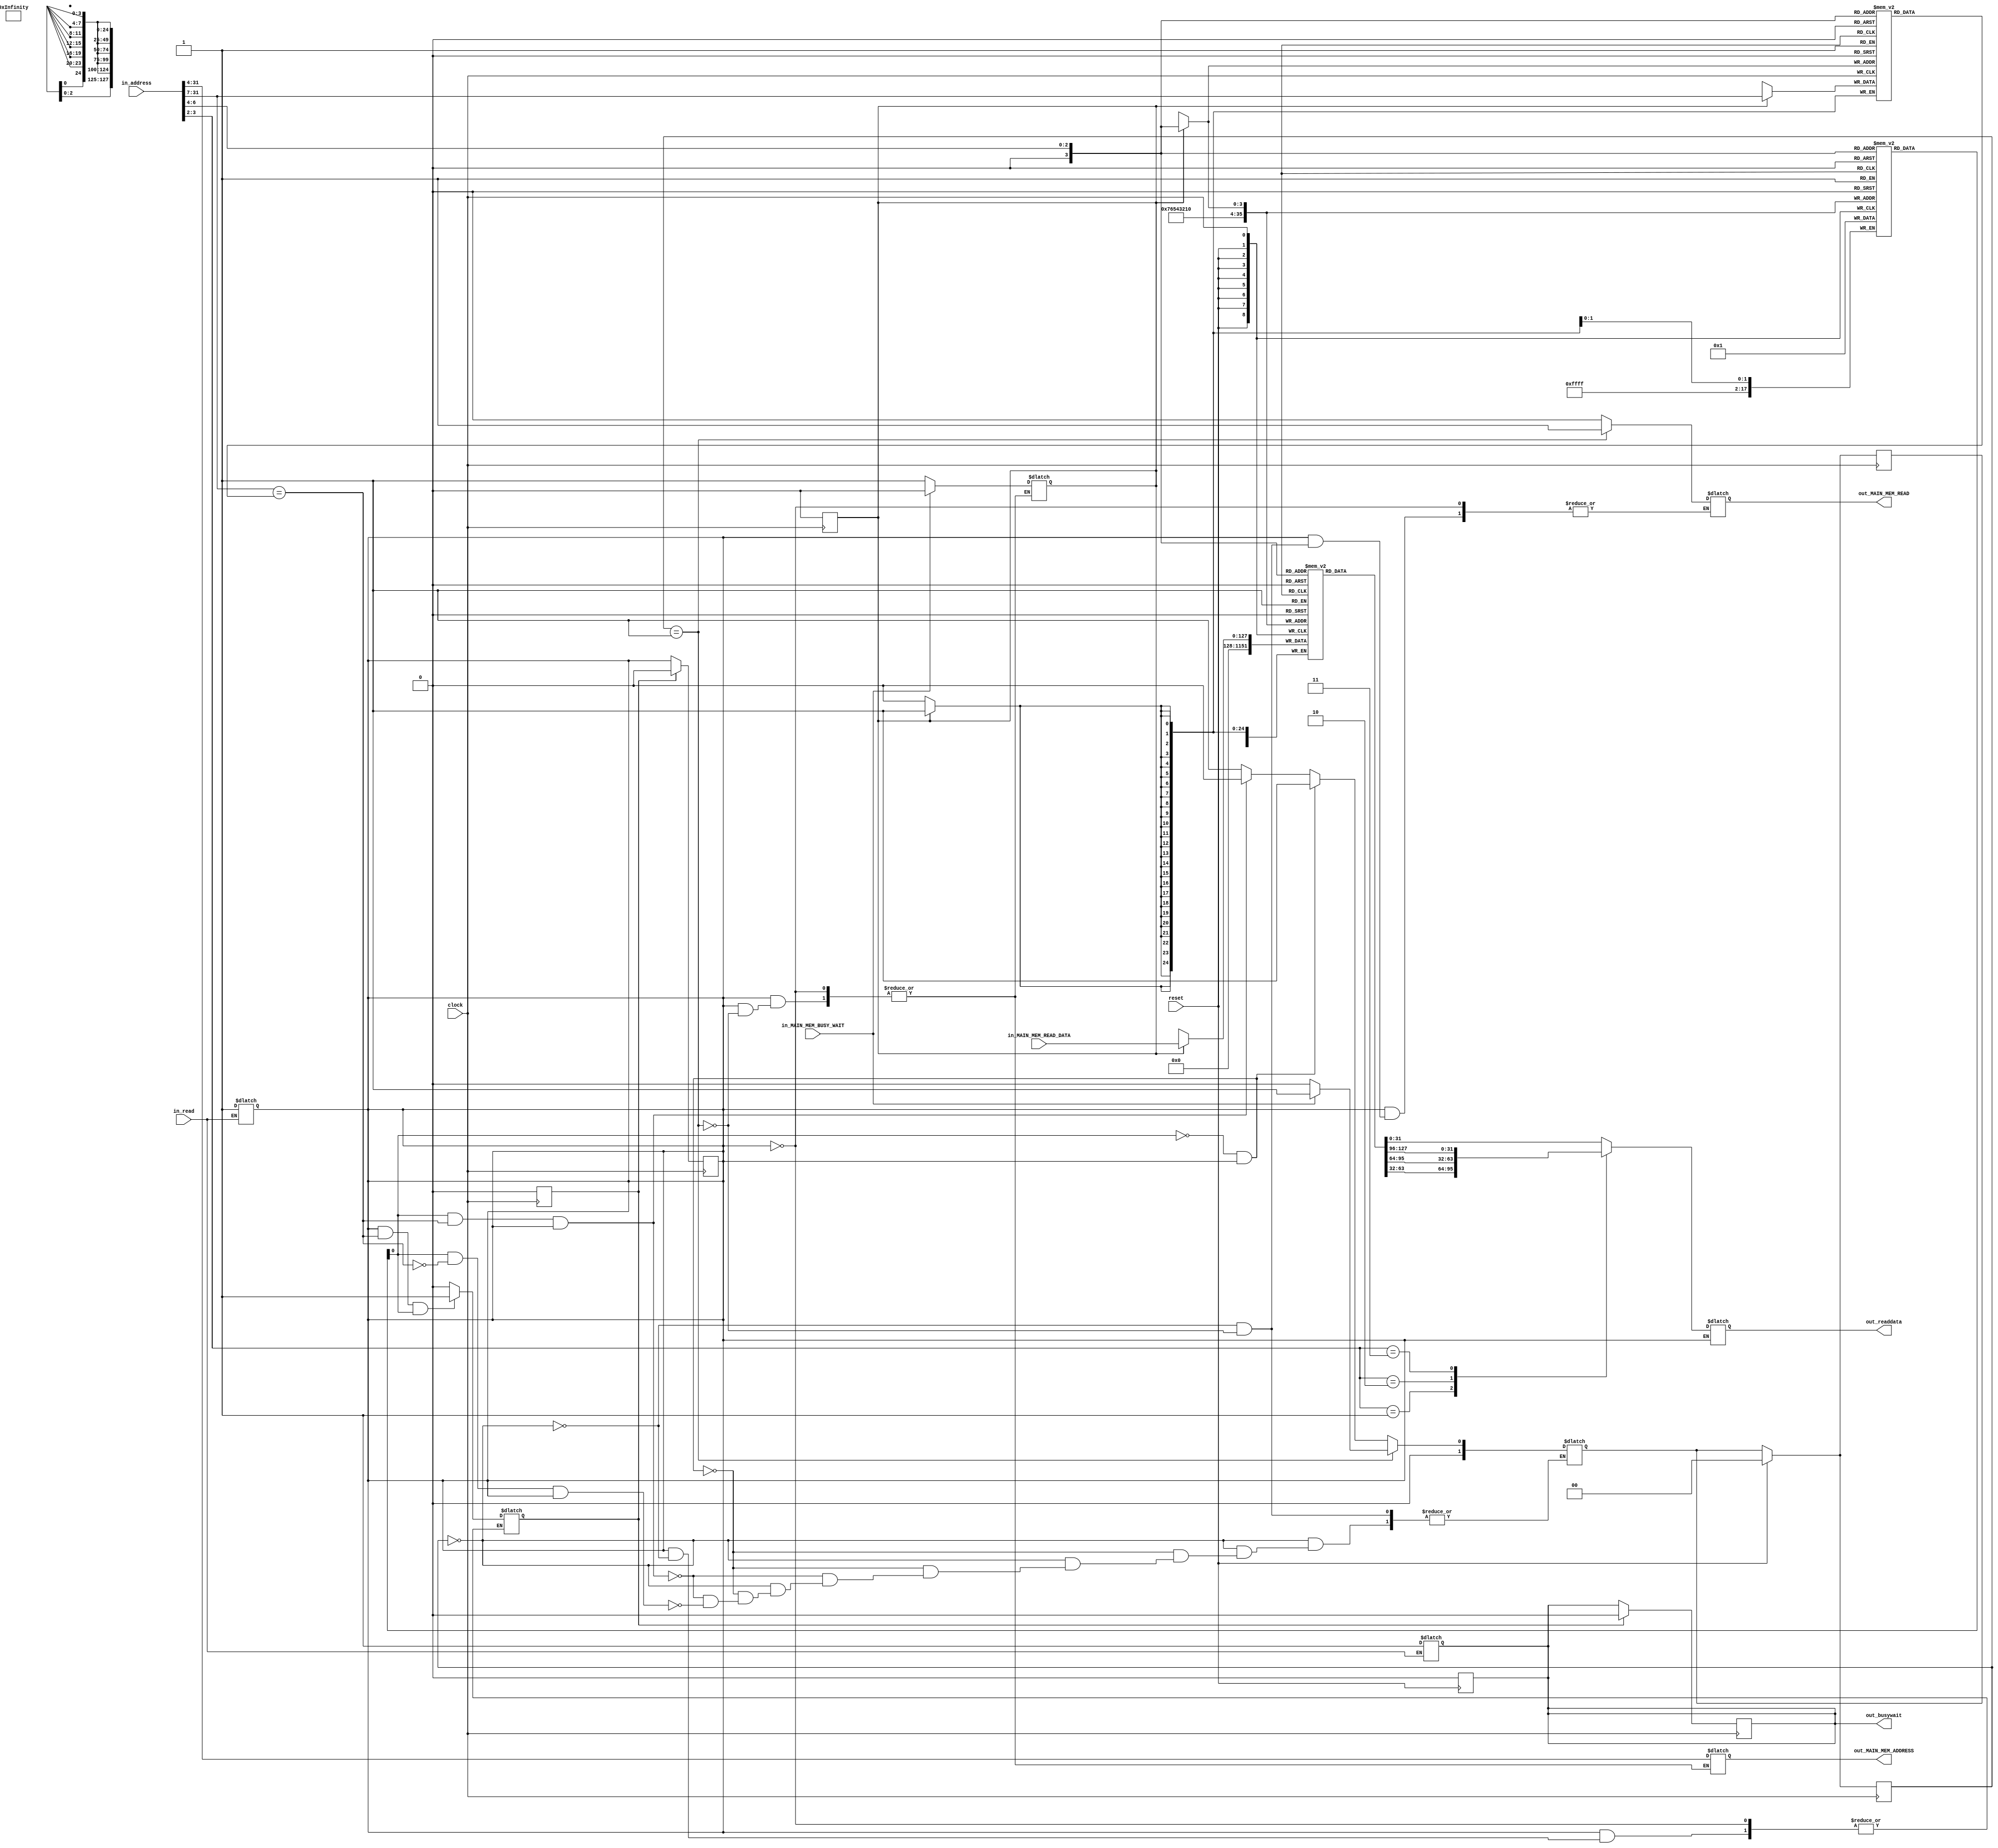
module ins_cache_memory (
    input                   clock,
    input                   reset,
    input                   in_read,
    input   [31:0]          in_address,
    output reg [31:0]       out_readdata,
    output reg              out_busywait,
    output                  out_MAIN_MEM_READ,
    output [27:0]           out_MAIN_MEM_ADDRESS,
    input  [127:0]          in_MAIN_MEM_READ_DATA,
    input                   in_MAIN_MEM_BUSY_WAIT
);
    // Declare cache memory array 256x8-bits 
    reg [127:0] data_array [8:0];
    // Declare tag array 256x8-bits 
    reg [24:0] tag_array [8:0];
    // Declare valid bit array 256x8-bits 
    reg [1:0] validBit_array [8:0];

    parameter IDLE = 1'b0, MEM_READ = 1'b1;
    reg [1:0] state, next_state;

    // Variables to handle state changes
    reg CURRENT_VALID;
    reg [24:0] CURRENT_TAG;
    reg [31:0] CURRENT_DATA;
    wire TAG_MATCH;

    // Temporary variable to hold the data from the cache
    reg [31:0] temporary_data;

    // Variables to hold the values of the memory module
    reg out_MAIN_MEM_READ;
    reg [27:0] out_MAIN_MEM_ADDRESS;
    wire [127:0] in_MAIN_MEM_READ_DATA;
    wire in_MAIN_MEM_BUSY_WAIT;

    reg readCache; // Reg to remember the read to cache signal until the posedge
    reg writeCache; // Reg to write the write cache signal until the posedge 

    reg writeCache_mem; // Write enable signal to write to the cache mem after a memory read 

    // Initiating the memory module
    // data_memory myDataMem (clock, reset, out_MAIN_MEM_READ, out_MAIN_MEM_WRITE, out_MAIN_MEM_ADDRESS,
    //         out_MAIN_MEM_WRITE_DATA, in_MAIN_MEM_READ_DATA, in_MAIN_MEM_BUSY_WAIT);

    // Decoding the address
    wire [24:0] tag;
    wire [2:0] index;
    wire [1:0] offset;
    assign tag = in_address[31:7];
    assign index = in_address[6:4];
    assign offset = in_address[3:2];

    // Loading data 
    always @ (*)
    begin
        #1 // Loading the current values
        CURRENT_VALID = validBit_array[index];
        CURRENT_DATA  = data_array[index];
        CURRENT_TAG   = tag_array[index];
    end

    // Tag matching
    assign #0.9 TAG_MATCH = (tag == CURRENT_TAG); //~(tag[2]^CURRENT_TAG[2]) && ~(tag[1]^CURRENT_TAG[1]) && ~(tag[0]^CURRENT_TAG[0]);
    reg [127:0] temp;
    // Putting data if read access
    always @(*)
    begin
        if (in_readaccess) // Detect the idle read status
        #1
        begin
            temp = data_array[index];
            // Fetching data
            case(offset)
                2'b00:
                    out_readdata = data_array[index][31:0];
                2'b01:
                    out_readdata = data_array[index][63:32];
                2'b10:
                    out_readdata = data_array[index][95:64];
                2'b11:
                    out_readdata = data_array[index][127:96];
            endcase
        end
    end

    // Detecting an incoming memory access
    reg in_readaccess;
    always @(in_read)
    begin
        if (in_read) 
        begin
            out_busywait = 1'b1;
            in_readaccess = 1'b1;
        end
    end

    // Combinational next state logic
    always @(*)
    begin
        case (state)
            IDLE:
                if (!CURRENT_VALID && (in_readaccess)) 
                    next_state = MEM_READ;
                else if (CURRENT_VALID && TAG_MATCH && (in_readaccess))
                    next_state = IDLE;
                else if (CURRENT_VALID && !TAG_MATCH && (in_readaccess))
                    next_state = MEM_READ;
            
            MEM_READ:
                if (in_MAIN_MEM_BUSY_WAIT)
                    next_state = MEM_READ; 
                else
                    next_state = IDLE;
            
        endcase
    end

    // Combinational output logic
    always @(*)
    begin
        if (in_readaccess)
        begin
            case(state)
                IDLE:
                begin
                    // Set main memory read and write signal to low
                    out_MAIN_MEM_READ = 1'b0;                  
                        
                    if (in_readaccess && TAG_MATCH && CURRENT_VALID)
                    begin
                        readCache = 1'b1; // Set read cache memory to high
                        // out_readdata = temporary_data; // Output the data
                    end
                    else
                        readCache = 1'b0; // Set the readCache signal to zero                    
                end
            
                MEM_READ: 
                begin
                    out_MAIN_MEM_READ = 1'b1;
                    // Set the address to the main memory
                    out_MAIN_MEM_ADDRESS = {tag, index};
                    
                    if (!in_MAIN_MEM_BUSY_WAIT)  
                        writeCache_mem = 1'b1;
                    else
                        writeCache_mem = 1'b0;
                end                
            endcase
        end
    end

    integer i;

    // Sequential logic for state transitioning 
    always @(posedge reset)
    begin
        if(reset)
        begin
            out_busywait = 1'b0;
            for (i=0; i<8; i=i+1) // Resetting the registers
            begin
                data_array[i] = 0;
                validBit_array[i] = 0;
            end
        end
    end

    // State change logic
    always @ (posedge clock)
    begin
        if (!reset)
            state <= next_state;
        else
        begin
            // Set the busy wait signal to 0
            state <= IDLE;
            next_state <= IDLE;
        end
    end

    // Writing cache after a memory read
    always @ (posedge clock)
    begin
        if (writeCache_mem)
        begin
            #1
            // Put the read data to the cache
            data_array[index] = in_MAIN_MEM_READ_DATA;
            tag_array[index] = tag;
            validBit_array[index] = 1'b1; // Set the valid bit after loading data
            writeCache_mem = 1'b0;
        end
    end

    // To deassert and write back to the posedge
    always @ (posedge clock)
    begin
        if (readCache)
        begin       
            out_busywait = 1'b0; // Set the busy wait signal to zero     
            readCache = 1'b0; // Pull the read signal to low
            in_readaccess = 1'b0; // Pull the read access signal to low
        end
    end

    /* Cache Controller FSM End */

endmodule